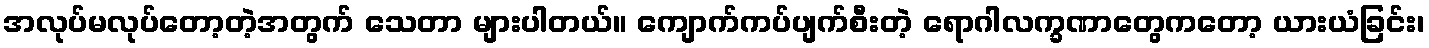
အလုပ်မလုပ်တော့တဲ့အတွက် သေတာ များပါတယ်။ ကျောက်ကပ်ပျက်စီးတဲ့ ရောဂါလက္ခဏာတွေကတော့ ယားယံခြင်း၊